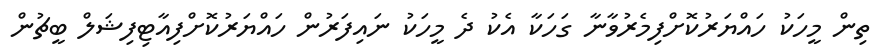
ތިން މީހަކު ހައްޔަރުކޮށްފިމެރުވާނާ ގަހަކާ އެކު ދެ މީހަކު ނައިފަރުން ހައްޔަރުކޮށްފިއާޓިފިޝަލް ބީޗުން